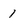
Character: 1